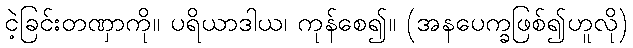
ငဲ့ခြင်းတဏှာကို။ ပရိယာဒါယ၊ ကုန်စေ၍။ (အနပေက္ခဖြစ်၍ဟူလို)